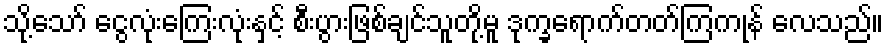
သို့သော် ငွေလုံးကြေးလုံးနှင့် စီးပွားဖြစ်ချင်သူတို့မူ ဒုက္ခရောက်တတ်ကြကုန် လေသည်။